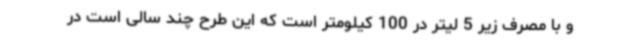
و با مصرف زیر 5 لیتر در 100 کیلومتر است که این طرح چند سالی است در